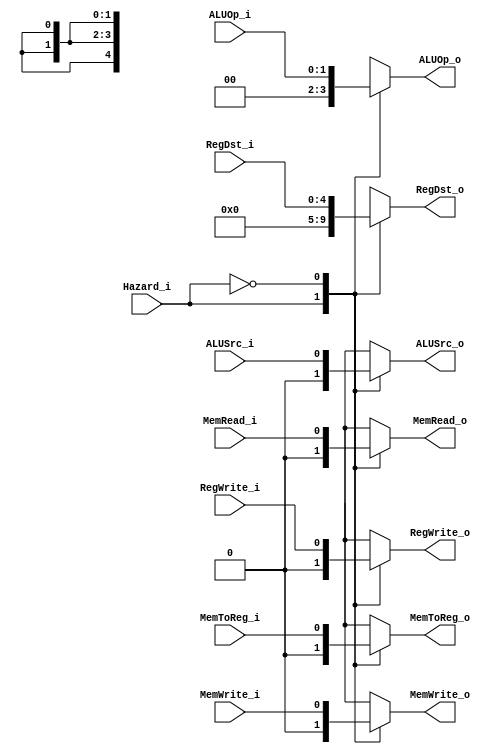
`timescale 1ns / 1ps
//////////////////////////////////////////////////////////////////////////////////
// Company: 
// Engineer: 
// 
// Design Name: 
// Module Name: MUX_Control
// Project Name: 
// Target Devices: 
// Tool Versions: 
// Description: 
// 
// Dependencies: 
// 
// Revision:
// Revision 0.01 - File Created
// Additional Comments:
// 
//////////////////////////////////////////////////////////////////////////////////


module MUX_Control(
    Hazard_i, 
    RegDst_i,  
    ALUOp_i, 
    ALUSrc_i,  
    RegWrite_i, 
    MemToReg_i, 
    MemRead_i,
    MemWrite_i,
    RegDst_o,  
    ALUOp_o, 
    ALUSrc_o,  
    RegWrite_o, 
    MemToReg_o, 
    MemRead_o,
    MemWrite_o  
);

input	[1:0]	ALUOp_i;
input 	[4:0]	RegDst_i;
input	Hazard_i, ALUSrc_i, RegWrite_i, MemToReg_i, MemRead_i, MemWrite_i; 

output	reg [1:0]	ALUOp_o;
output 	reg [4:0]	RegDst_o;
output	reg ALUSrc_o, RegWrite_o, MemToReg_o, MemRead_o, MemWrite_o; 

always@(*)begin
    case(Hazard_i)
    1'b1 : begin
    RegDst_o <= 4'b0000;  
    ALUOp_o <= 2'b00;
    ALUSrc_o <= 1'b0; 
    RegWrite_o <= 1'b0;
    MemToReg_o <= 1'b0;
    MemRead_o <= 1'b0;
    MemWrite_o <= 1'b0;
    end

    1'b0 : begin
    RegDst_o <= RegDst_i;  
    ALUOp_o <= ALUOp_i;
    ALUSrc_o <= ALUSrc_i; 
    RegWrite_o <= RegWrite_i;
    MemToReg_o <= MemToReg_i;
    MemRead_o <= MemRead_i;
    MemWrite_o <= MemWrite_i;
    end

    default : begin
    RegDst_o <= RegDst_i;  
    ALUOp_o <= ALUOp_i;
    ALUSrc_o <= ALUSrc_i; 
    RegWrite_o <= RegWrite_i;
    MemToReg_o <= MemToReg_i;
    MemRead_o <= MemRead_i;
    MemWrite_o <= MemWrite_i;
    end

    endcase

end
endmodule